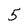
Character: 5